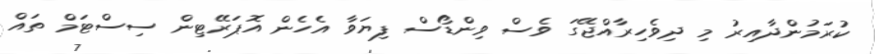
ކުރަމުންދާއިރު މި ދިވެހިރާއްޖޭގަ ވެސް ވިންޑޯސް ފިޔަވާ އެހެން އޮޕަރޭޓިން ސިސްޓަމް ތައް